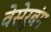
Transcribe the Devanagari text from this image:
वेसेरुबंग